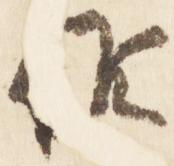
候